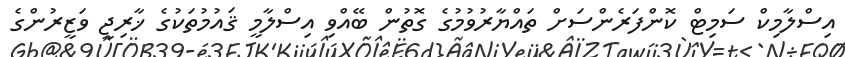
އިސްލާމިކް ސަމިޓް ކޮންފަރެންސަށް ތައްޔާރުވުމުގެ ގޮތުން ބޭއްވި އިސްލާމީ ޤައުމުތަކުގެ ޚާރިޖީ ވަޒީރުންގެ